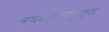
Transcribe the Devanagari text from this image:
व्यवहारप्रयुक्त